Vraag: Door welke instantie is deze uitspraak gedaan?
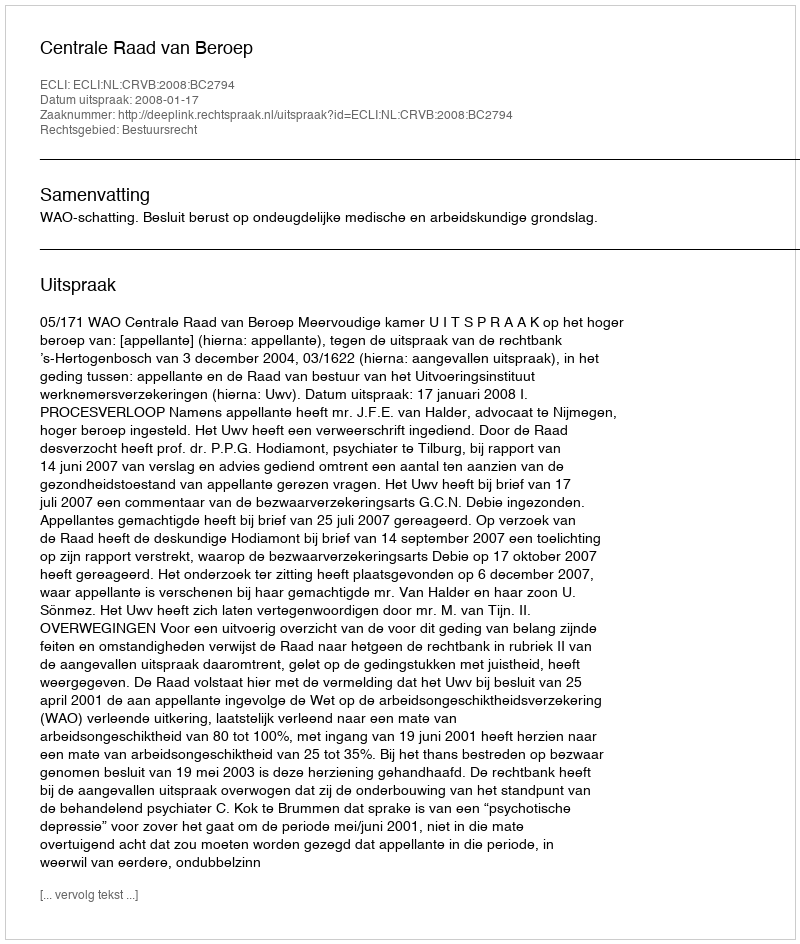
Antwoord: Centrale Raad van Beroep